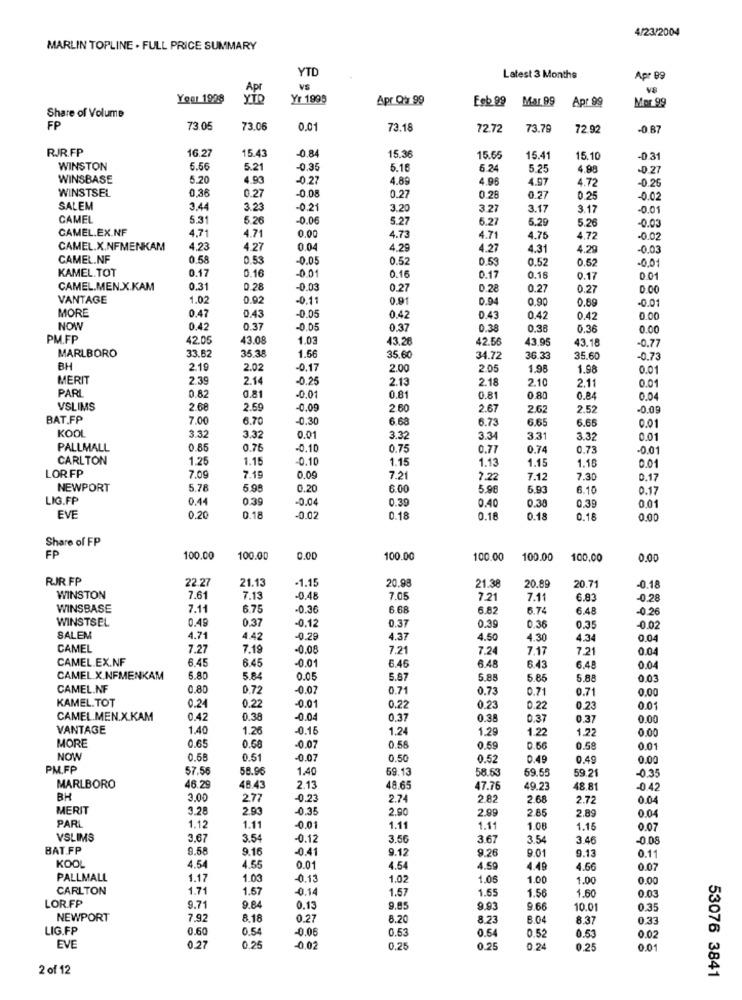
4/23/2004
MARLIN TOPLINE . FULL PRICE SUMMARY
YTD
Latest 3 Months
Apr 09
Apr
VE
Year 1998
YİD
Yr 1999
Apr Q 99
Feb 99
Mar 99
Mor 99
Apr 99
Share of Volume
FP
73.05
73.06
0.01
73.18
72.72
73.79
72.92
-0 87
RJR.FP
16.27
15.43
-0.84
15.36
15.65
15.41
15.10
-0 31
WINSTON
6.56
5.21
-0.35
5.16
6.24
5.25
4.98
-0.27
WINSBASE
5.20
4.93
-0.27
4.89
4.96
4.97
4.72
-0.26
WINSTSEL
0,36
0.27
-0.08
0.27
0.28
0.27
0.25
-0.02
SALEM
3.44
3.2
-0.21
3.20
3.27
3.17
3.1
-0.01
CAMEL
5.31
5.26
-0.06
5.27
5.27
5.29
-0.03
CAMEL.EX.NF
4.71
0.00
5.26
4.71
4.73
4.71
4.75
4.72
-0.02
CAMEL.X.NFMENKAM
4.23
4.27
0.04
4.29
4.27
4.31
4.29
-0.0
CAMEL.NF
0.58
0.53
0.05
0.52
0.53
0.52
0.52
-0,0
KAMEL.TOT
0.17
0.16
-0.01
0.16
0.17
0.15
0.17
0.01
CAMEL.MEN.X.KAM
0.31
0.28
-0.03
0.27
0.28
0.27
0.27
0.00
VANTAGE
1.02
0.92
-0.1.
0.91
0.94
0.90
0.89
-0.01
0.47
MORE
0.43
0.05
0.42
0.43
0.42
0.42
0.00
NOW
0.42
0.37
-0.05
0.37
0.38
0.38
0.36
0.00
PM.FP
42.05
43.08
1.03
13.26
42.56
43.95
43.18
33.62
35.38
1.56
-0.77
MARLBORO
35.60
34.72
36.33
35.60
0.73
BH
2.19
2.02
-0.17
2.00
2.05
1.98
1.98
0.01
MERIT
2.39
2.14
-0.25
2.13
2.10
0.01
PARI
2.18
2.11
0.82
-0.01
0.81
0.81
0.80
0.84
0.04
VSLIMS
2.68
2.59
-0.09
2.60
2.67
2.62
2.52
BAT.FP
7.00
6.70
-0.30
6.68
6.73
6.65
6.65
KOOL
0.01
3.32
3.32
0.01
3.32
3.34
3.31
3.32
0.01
PALLMALL
0.85
0.76
-0.10
0.75
0.77
0.74
0.73
-0.01
CARLTON
1.25
1.15
-0.10
1.15
1.13
1.15
1.18
LOR.FP
0.01
7.09
7.15
0.09
7.21
7.22
7.12
7.30
0.17
NEWPORT
5.78
5.98
0.20
6.00
5.98
5.93
6.10
0.17
LIG.FP
0.44
0.39
-0.04
0.39
0.39
0.40
0.30
0.01
EVE
0.20
0.18
-0.02
0.18
0.18
0.18
0.18
0.00
Share of FP
FP
100.00
100.00
0.00
100.00
100.00
100.00
100,00
0.00
RJR.FP
20.98
20.71
22.27
21.13
-1.15
21.38
20.89
-0.18
WINSTON
7.61
7.13
0.48
7.0
7.21
7.11
6.83
-0.28
WINSBASE
7.11
6.75
-0.36
6 68
6.82
6.74
6.48
-0.26
WINSTSEL
0.49
0.37
0.12
0.37
0.39
0,36
0.35
0.02
SALEM
4.71
4.42
0.28
4.37
4.50
4.30
4,34
0.04
CAMEL
7.27
7.19
-0.08
7.21
7.24
7.17
7.21
0.04
CAMEL.EX.NF
6.45
-0.01
6.43
6.45
6.46
6.48
6.48
0.04
CAMEL.X.NFMENKAM
5.80
5.84
0.05
5.87
5.88
5.65
5.88
0.03
CAMEL.NF
0.80
0.72
-0.07
0.71
0.73
0.71
0.71
0.00
KAMEL.TOT
0.24
0.22
-0.01
0.22
0.23
0.22
0.23
0.01
CAMEL.MEN.X.KAM
0.42
0.38
-0.04
0.37
0.38
0.37
0.37
0.00
VANTAGE
1.40
1.26
-0.15
1.24
1.29
1.22
1.22
0.00
MORE
0.65
0.58
-0.07
0.58
0.59
0.66
0.59
0.01
NOW
0.58
0.51
-0.07
0.50
0.52
0.49
0.49
0.00
PM.FP
57.56
58.96
1.40
69.13
58.53
69.55
59.21
-0.35
MARLBORO
46.29
8.43
2.13
48.65
47.76
49.23
48.81
-0.42
BH
3.00
277
0.23
2.74
2 82
2.68
2.72
0.04
MERIT
3.28
2.93
0.35
2.90
2.99
2.89
PARL
2.85
0.04
1.12
1.11
-0.01
1.11
1.11
1.08
1.15
0.07
VSLIMS
3.67
3.54
-0.12
3.56
3.67
3.54
3.46
-0.08
BAT.FP
9.58
9.16
0.41
9.12
9.26
9.01
KOOL
9.13
0.11
4.54
4.55
0.01
4.54
4.59
4.49
4.66
0.07
PALLMALL
1.17
1.03
-0.13
1.02
1.05
1.00
1.00
0.00
CARLTON
1.71
1.57
0,14
1.57
1.55
0.03
LOR.FP
1.56
1.60
9.71
9.84
0.13
9.85
9.93
9.66
10.0
0.35
NEWPORT
7.92
8.18
0.27
6.20
8.23
8.04
8.37
0.33
LIG.FP
0.60
0.54
-0.06
0.53
0.5
0.52
0.53
EVE
0.02
0.27
0.25
-0.02
0.25
0.25
D.24
0.25
0.01
2 of 12
53076 3841